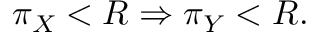
\pi _ { X } < R \Rightarrow \pi _ { Y } < R .